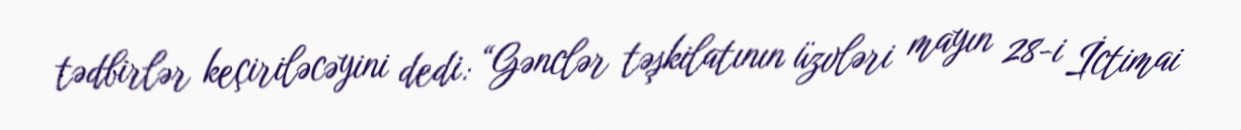
tədbirlər keçiriləcəyini dedi: “Gənclər təşkilatının üzvləri mayın 28-i İctimai